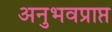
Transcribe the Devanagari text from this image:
अनुभवप्राप्त